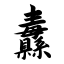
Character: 纛